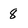
Character: 8